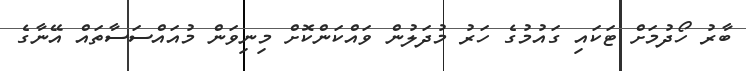
ބާރު ހޯދުމަށް ޓަކައި ގައުމުގެ ހަރު މުދަލުން ވައްކަންކޮށް މިނިވަން މުއައްސަސާތައް އޭނާގެ